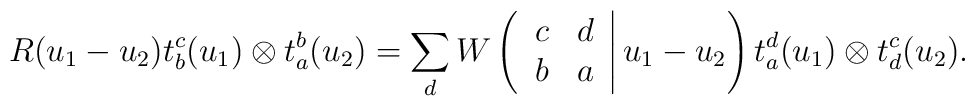
R(u_1 -u_2 ) t^{c}_{b}(u_1 )\otimes t^{b}_{a}(u_2 )=\sum_{d} W\left( \left. \begin{array}{cc} c & d \\ b & a \end{array} \right| u_1 -u_2 \right) t^{d}_{a}(u_1 )\otimes t^{c}_{d}(u_2 ).